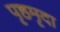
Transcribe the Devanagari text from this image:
पृष्ठमृदा